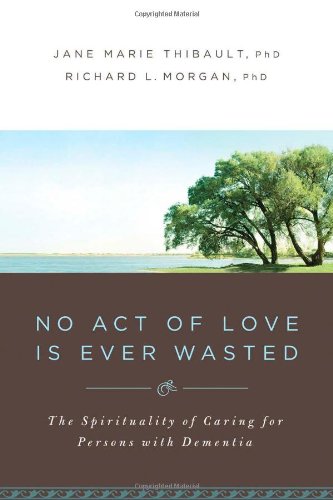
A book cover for No Act of Love is Ever Wasted: The Spirituality of Caring for Persons with Dementia; Richard L. Morgan; Parenting & Relationships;